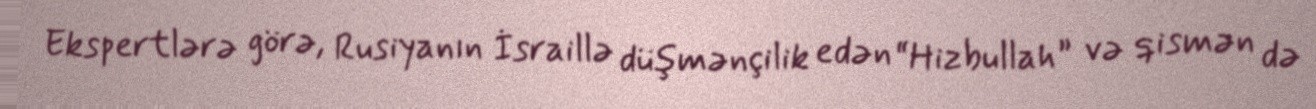
Ekspertlərə görə, Rusiyanın İsraillə düşmənçilik edən “Hizbullah” və qismən də